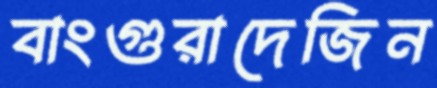
বাংগুরাদেজিন